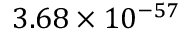
3 . 6 8 \times 1 0 ^ { - 5 7 }